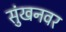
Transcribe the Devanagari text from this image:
सुंखनवर